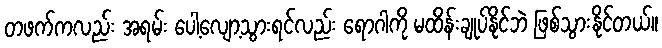
တဖက်ကလည်း အရမ်း ပေါ့လျော့သွားရင်လည်း ရောဂါကို မထိန်းချုပ်နိုင်ဘဲ ဖြစ်သွားနိုင်တယ်။